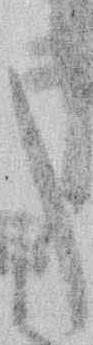
た